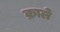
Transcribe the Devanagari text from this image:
क्राले